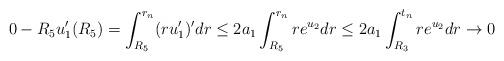
LaTeX: \begin{align*}0-R_5u_1'(R_5)=\int_{R_5}^{r_n}(ru_1')'dr\le2a_1\int_{R_5}^{r_n}re^{u_2}dr\le2a_1\int_{R_3}^{t_n}re^{u_2}dr\to 0\end{align*}